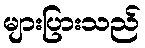
များပြားသည်